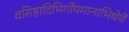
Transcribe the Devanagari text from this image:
वसिष्ठादिभिर्गीयमानाभिधेये